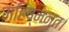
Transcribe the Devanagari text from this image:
महिष्मन्त।